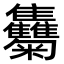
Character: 𩁴